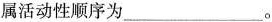
属活动性顺序为___。